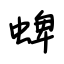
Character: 蜱